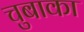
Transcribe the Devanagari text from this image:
चुबाका